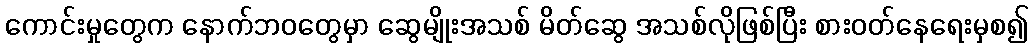
ကောင်းမှုတွေက နောက်ဘဝတွေမှာ ဆွေမျိုးအသစ် မိတ်ဆွေ အသစ်လိုဖြစ်ပြီး စားဝတ်နေရေးမှစ၍